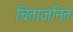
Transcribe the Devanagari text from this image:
चिंताजनित